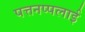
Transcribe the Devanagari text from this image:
पत्तनप्पलाई